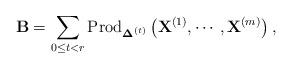
LaTeX: \begin{align*}\mathbf{B}=\sum_{0\le t<r}\mbox{Prod}_{\boldsymbol{\Delta}^{(t)}}\left(\mathbf{X}^{(1)},\cdots,\mathbf{X}^{(m)}\right),\end{align*}